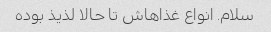
سلام. انواع غذاهاش تا حالا لذیذ بوده